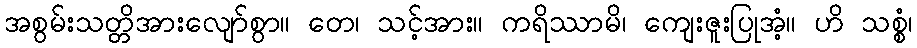
အစွမ်းသတ္တိအားလျော်စွာ။ တေ၊ သင့်အား။ ကရိဿာမိ၊ ကျေးဇူးပြုအံ့။ ဟိ သစ္စံ၊